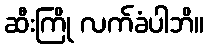
ဆီးကြို လက်ခံပါဘိ။